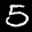
Label: 5